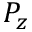
P _ { z }